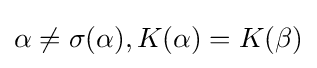
\alpha \neq \sigma (\alpha ),K(\alpha )=K(\beta )